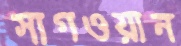
সাগওয়ান